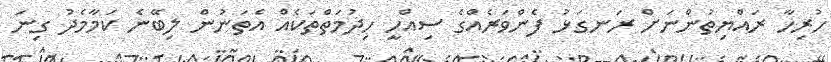
ހުރިހާ ރައްޔިތުންނަށް ރަނގަޅު ފެންވަރެއްގެ ސިއްހީ ހިދުމަތްތަކެއް އެތަނުން ލިބޭނެ ކަމާމެދު ގިނަ